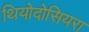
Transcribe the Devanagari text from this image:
थियोदोसियरा